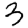
Digit: 3